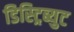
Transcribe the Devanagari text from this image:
डिस्ट्रिब्युट